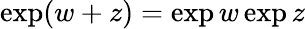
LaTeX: \exp(w+z)=\exp w\exp z